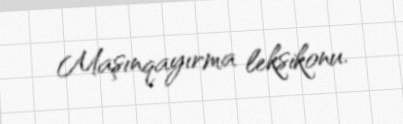
Maşınqayırma leksikonu.